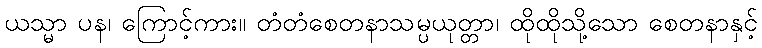
ယသ္မာ ပန၊ ကြောင့်ကား။ တံတံစေတနာသမ္ပယုတ္တာ၊ ထိုထိုသို့သော စေတနာနှင့်